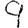
Digit: 9